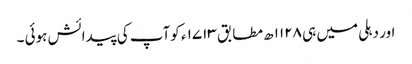
اور دہلی میں ہی ۱۱۲۸ ھ مطابق ۱۷۱۳ ء کوآپ کی پیدائش ہوئی ۔